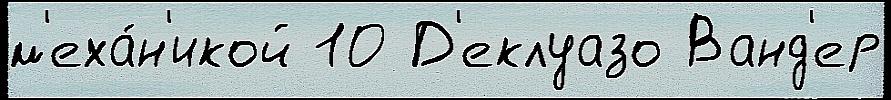
м'еха́н'икой 10 Д'еклуазо Ванд'ер